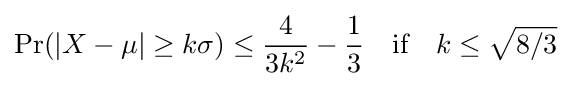
\Pr(|X-\mu |\geq k\sigma )\leq {\frac {4}{3k^{2}}}-{\frac {1}{3}}\quad {\text{if}}\quad k\leq {\sqrt {8/3}}